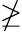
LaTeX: \ngeq